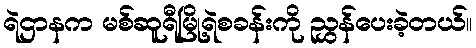
ရဲဌာနက မစ်ဆူရီမြို့ရဲစခန်းကို ညွှန်ပေးခဲ့တယ်။